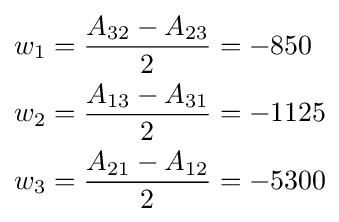
{\begin{aligned}w_{1}&={\frac {A_{32}-A_{23}}{2}}=-850\\w_{2}&={\frac {A_{13}-A_{31}}{2}}=-1125\\w_{3}&={\frac {A_{21}-A_{12}}{2}}=-5300\end{aligned}}